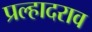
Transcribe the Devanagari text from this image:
प्रल्हादराव